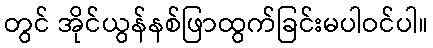
တွင် အိုင်ယွန်နစ်ဖြာထွက်ခြင်းမပါဝင်ပါ။